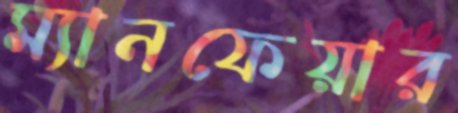
ম্যানফেয়ার